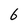
Character: 6